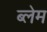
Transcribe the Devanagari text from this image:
ब्लेम